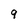
Character: 9